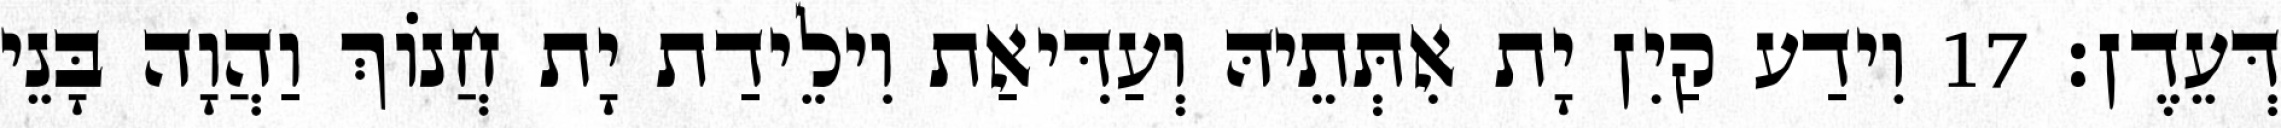
דְּעֵדֶן׃ 17 וִידַע קַיִן יָת אִתְּתֵיהּ וְעַדִּיאַת וִילֵידַת יָת חֲנוֹךְ וַהֲוָה בָּנֵי